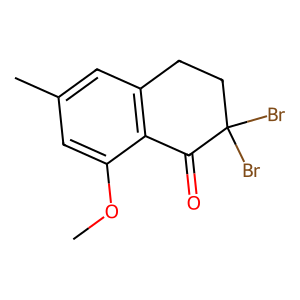
SMILES: COc1cc(C)cc2c1C(=O)C(Br)(Br)CC2
Inhibits HIV replication: No